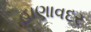
હાણાવદર